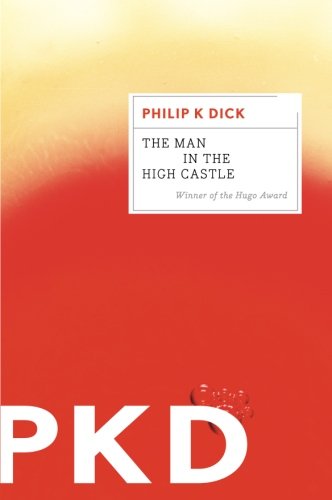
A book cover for The Man in the High Castle; Philip K. Dick; Science Fiction & Fantasy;